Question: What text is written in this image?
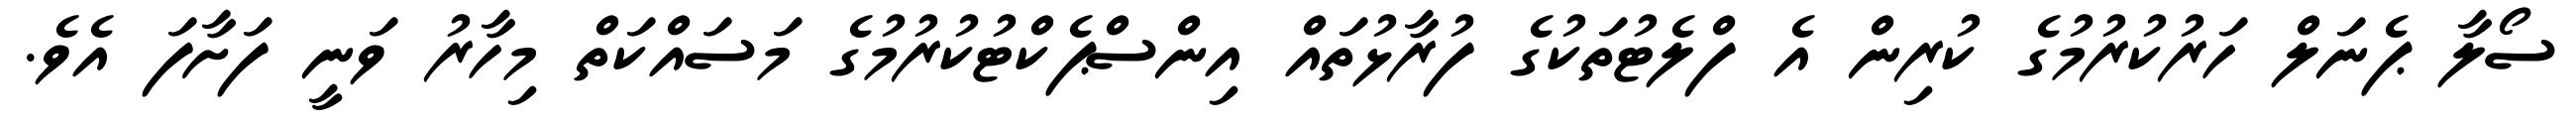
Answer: ސޯލާ ޕެނަލް ހަރުކުރުމުގެ ކުރިން އެ ފްލެޓުތަކުގެ ފުރާޅުތައް އިންސްޕެކްޓުކުރުމުގެ މަސައްކަތް މިހާރު ވަނީ ފަށާފަ އެވެ.